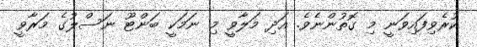
ކުރެވިފައިވަނީ މި ގޮތުންނެވެ. އަދި މަލާވީ މި ނަމަކީ ބަންޓޫ ނަސްލުގެ މަރާވީ